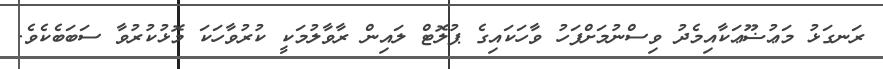
ރަނގަޅު މަޢުޟޫޢަކާއިމެދު ވިސްނުމަށްފަހު ވާހަކައިގެ ޕުލޮޓް ލައިން ރާވާލުމަކީ ކުރުވާހަކަ މޮޅުކުރުވާ ސަބަބެކެވެ.